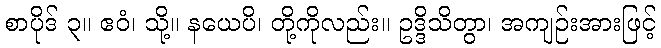
စာပိုဒ် ၃။ ဧဝံ၊ သို့။ နယေပိ၊ တို့ကိုလည်း။ ဥဒ္ဒိသိတွာ၊ အကျဉ်းအားဖြင့်